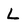
Character: L